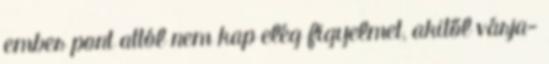
ember pont attól nem kap elég figyelmet, akitől várja-